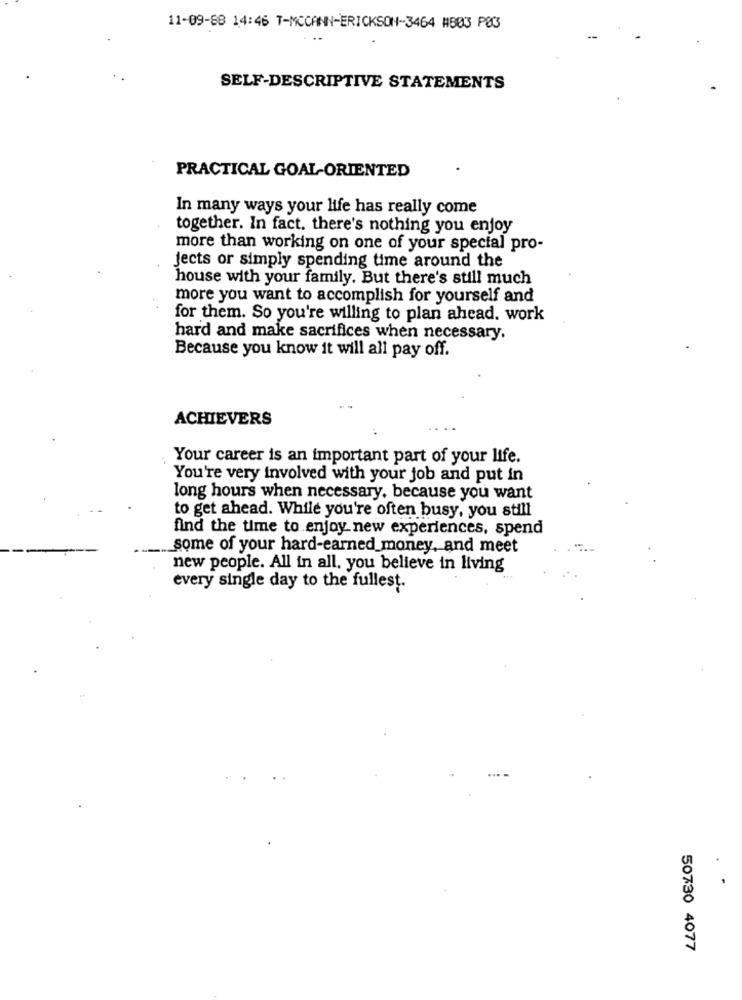
11-09-88 14:46 T-MCCANN-ERICKSON-3464 #803 PØ
..
SELF-DESCRIPTIVE STATEMENTS
PRACTICAL GOAL-ORIENTED
In many ways your life has really come
together. In fact. there's nothing you enjoy
more than working on one of your special pro-
jects or simply spending time around the
house with your family. But there's still much
more you want to accomplish for yourself and
for them. So you're willing to plan ahead. work
hard and make sacrifices when necessary.
Because you know it will all pay off.
ACHIEVERS
Your career is an important part of your life.
You're very involved with your job and put in
long hours when necessary, because you want
to get ahead. While you're often busy, you still
find the time to enjoy new experiences, spend
._ some of your hard-earned_money, and meet
new people. All in all, you believe in living
every single day to the fullest.
50730 4077